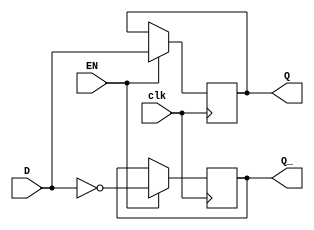
module d_latch(
    input D,
    input EN,
    input clk,
    output reg Q,
    output reg Q_
);

always @(posedge clk) begin
    if (EN) begin
        Q <= D;
        Q_ <= ~D;
    end
end

endmodule